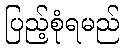
ပြည့်စုံရမည်